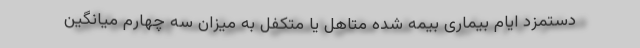
دستمزد ایام بیماری بیمه شده متاهل یا متکفل به میزان سه چهارم میانگین